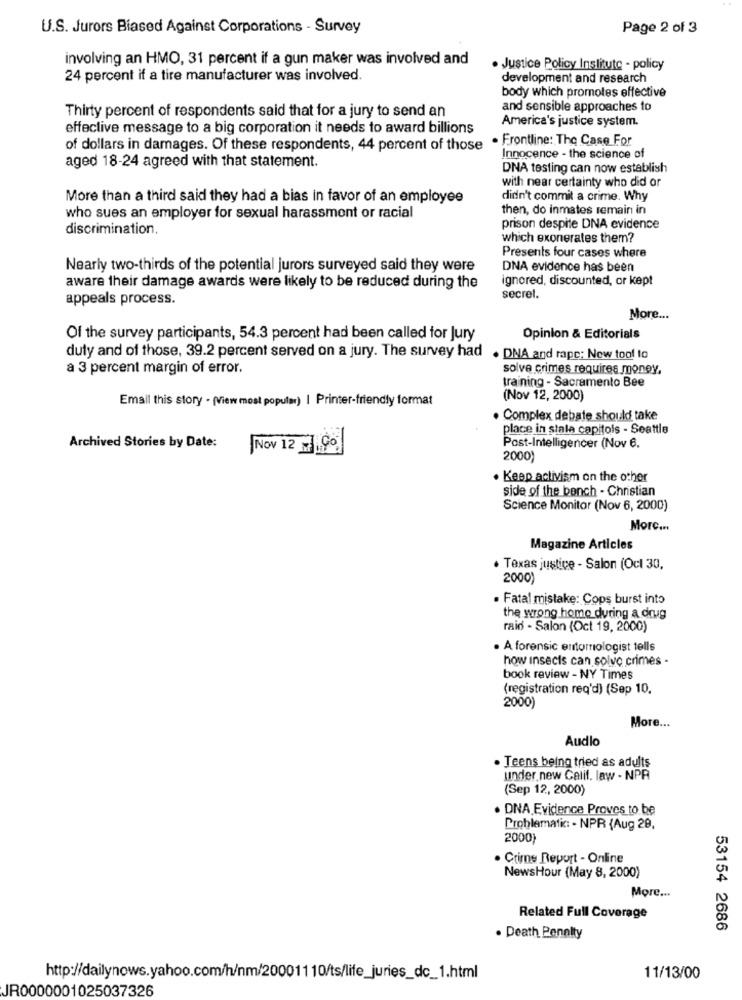
U.S. Jurors Biased Against Corporations - Survey
Page 2 of 3
involving an HMO, 31 percent if a gun maker was involved and
. Justice Policy Institute - policy
24 percent if a tire manufacturer was involved.
development and research
body which promotes effective
Thirty percent of respondents said that for a jury to send an
and sensible approaches to
America's justice system.
effective message to a big corporation it needs to award billions
. Frontline: The Case For
of dollars in damages. Of these respondents, 44 percent of those
Innocence - the science of
aged 18-24 agreed with that statement.
DNA testing can now establish
with near certainty who did or
More than a third said they had a bias in favor of an employee
didn't commit a crime. Why
then, do inmates remain in
who sues an employer for sexual harassment or racial
discrimination.
prison despite DNA evidence
which exonerates them?
Presents four cases where
Nearly two-thirds of the potential jurors surveyed said they were
DNA evidence has been
ignored, discounted, or kept
aware their damage awards were likely to be reduced during the
appeals process.
secret.
More ...
Of the survey participants, 54.3 percent had been called for Jury
Opinion & Editorials
duly and of those, 39.2 percent served on a jury. The survey had . DNA and rape; New tool to
a 3 percent margin of error.
solve crimes requires money,
training - Sacramento Bee
Email this story - (View most popular) | Printer-friendly format
(Nov 12, 2000)
. Complex debate should take
place in stala capitols - Seattle
Archived Stories by Date:
Nov 12 90
Post-Intelligencer (Nov 6.
2000
. Keep activism on the other
side of the bench - Christian
Science Monitor (Nov 6, 2000)
Morc ...
Magazine Articles
· Taxas justice - Salon (Ocl 30,
2000)
Fatal mistake: Cops burst into
the wrong home during a drug
raid - Salon (Oct 19, 2000)
. A forensic entomologist tells
how insects can solve crimes -
book review - NY Times
(registration req'd) (Sep 10.
2000)
More ...
Audio
· Teens being tried as adults
under new Calif. law - NPR
(Sep 12, 2000)
. DNA Evidence Proves to be
Problematic: - NPR {Aug 28,
2000)
. Crime Report - Online
NewsHour (May 8, 2000)
More ...
Related Full Coverage
53154 2686
. Death Penalty
http://dailynows.yahoo.com/h/nm/20001110/ts/life_juries_dc_1.html
11/13/00
JR0000001025037326